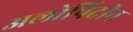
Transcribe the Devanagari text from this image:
अलोपिदीन